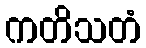
ကတိသတံ